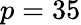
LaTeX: p=35